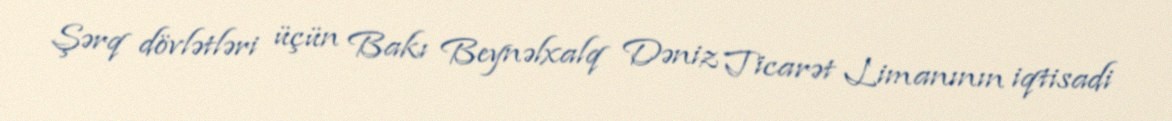
Şərq dövlətləri üçün Bakı Beynəlxalq Dəniz Ticarət Limanının iqtisadi